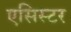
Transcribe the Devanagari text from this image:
एसिस्टर